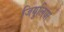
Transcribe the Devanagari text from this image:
जियुलिया